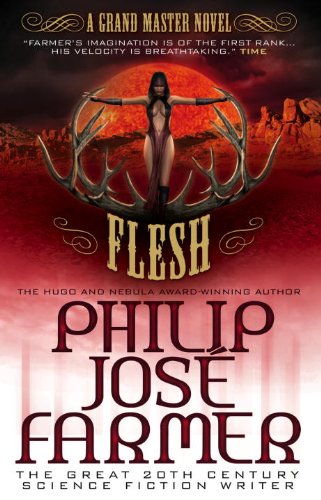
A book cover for Flesh (Grand Master Novel); Philip Jose Farmer; Romance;